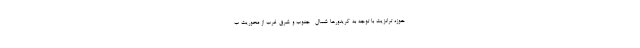
حوزه ترانزیت با توجه به کریدورها شمال- جنوب و شرق-غرب از محوریت ب